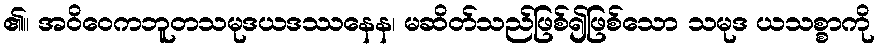
၏။ အဝိဝေကဘူတသမုဒယဒဿနေန၊ မဆိတ်သည်ဖြစ်၍ဖြစ်သော သမုဒ ယသစ္စာကို